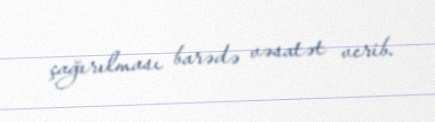
çağırılması barədə vəsatət verib.